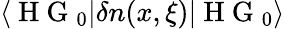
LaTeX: \langle\mathrm{~H~G~}_{0}|\delta n(x,\xi)|\mathrm{~H~G~}_{0}\rangle